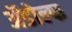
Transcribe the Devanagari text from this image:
ॲडोल्फ